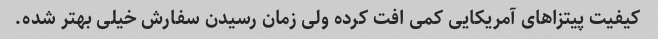
کیفیت پیتزاهای آمریکایی کمی افت کرده ولی زمان رسیدن سفارش خیلی بهتر شده.